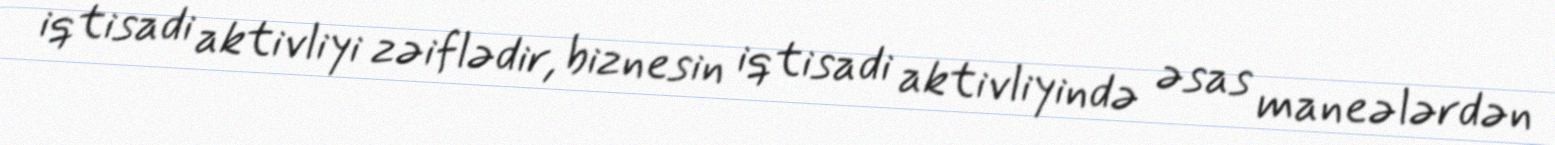
iqtisadi aktivliyi zəiflədir, biznesin iqtisadi aktivliyində əsas maneələrdən